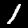
Label: 1